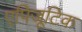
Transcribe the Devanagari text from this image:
एपिजूटिक